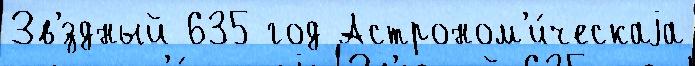
Зв'́здный 635 год Астроном'и́ческаjа